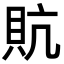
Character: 貥